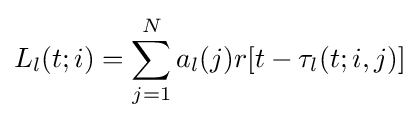
L_{l}(t;i)=\sum _{j=1}^{N}a_{l}(j)r[t-\tau _{l}(t;i,j)]